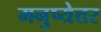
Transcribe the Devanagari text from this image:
मनुष्येत्तर